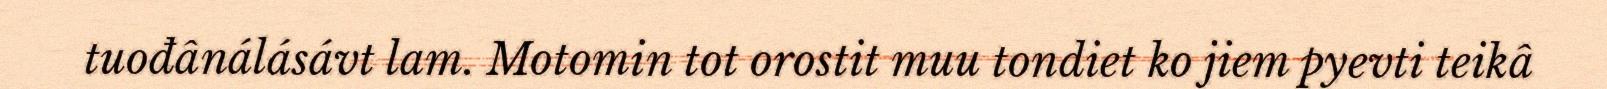
tuođânálásávt lam. Motomin tot orostit muu tondiet ko jiem pyevti teikâ